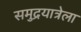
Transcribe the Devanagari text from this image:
समुद्रयात्रेला